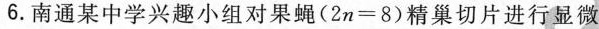
6.南通某中学兴趣小组对果蝇(2n=8)精巢切片进行显微